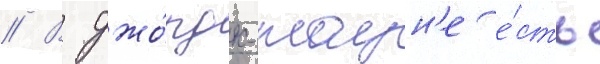
// В джо́рдж-таун'е е́сть